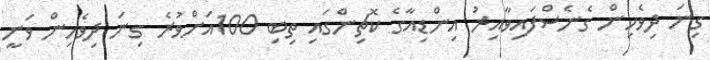
ގިނަ ދިވެހިން ގެނެސްފައިވާއިރު އިންޑިއާގެ ކޮޗިންގައި ތިބި 100އަށްވުރެ ގިނަ ދިވެހިން ވަނީ